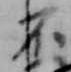
不